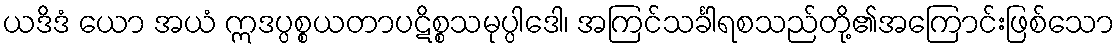
ယဒိဒံ ယော အယံ ဣဒပ္ပစ္စယတာပဋိစ္စသမုပ္ပါဒေါ၊ အကြင်သင်္ခါရစသည်တို့၏အကြောင်းဖြစ်သော